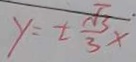
y = \pm \frac { \sqrt { 3 } } { 3 } x